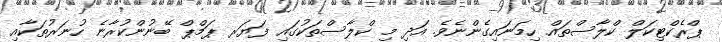
ޕްރެކްޓިކަލް ކްލާސްތައް ހިމަނައިގެންނެވެ. އަދި މި ކްލާސްތަކުގައި ފަޔަރ ޕަމްޕް ބޭނުންކުރާނެ ހުނަރުތަކާއި